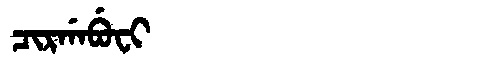
Manchu: ᠴᡳᡵᡤᠠᠪᡠᠸᡳ
Romanization: CIRGABUFI